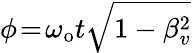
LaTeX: \phi\! =\! \omega_{\mathrm{o}}t\sqrt{1-\beta_{v}^{2}}